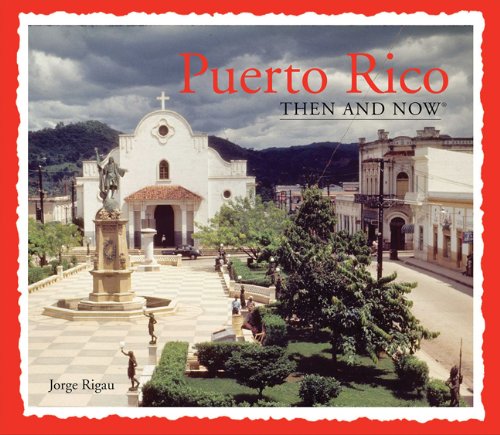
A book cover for Puerto Rico Then and Now (Then & Now Thunder Bay); Jorge Rigau; Travel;